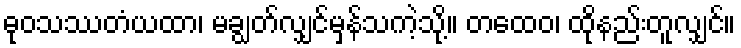
ဓုဝသဿတံယထာ၊ မချွတ်လျှင်မှန်သကဲ့သို့။ တထေဝ၊ ထိုနည်းတူလျှင်။